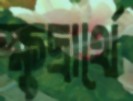
ক্ষুদ্রার্থে